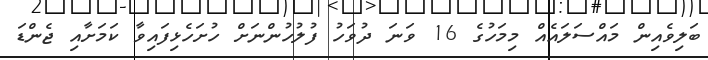
ބަލިވެއިން މައްސަލައެއް މިމަހުގެ 16 ވަނަ ދުވަހު ފުލުހުންނަށް ހުށަހެޅިފައިވާ ކަމަށާއި ޖެންޑަ